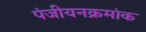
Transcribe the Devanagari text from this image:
पंजीयनक्रमांक